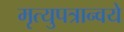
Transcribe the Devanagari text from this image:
मृत्युपत्रान्वये